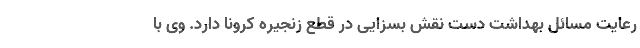
رعایت مسائل بهداشت دست نقش بسزایی در قطع زنجیره کرونا دارد. وی با